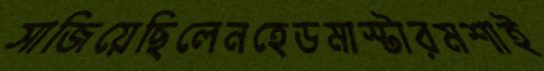
সাজিয়েছিলেনহেডমাস্টারমশাই